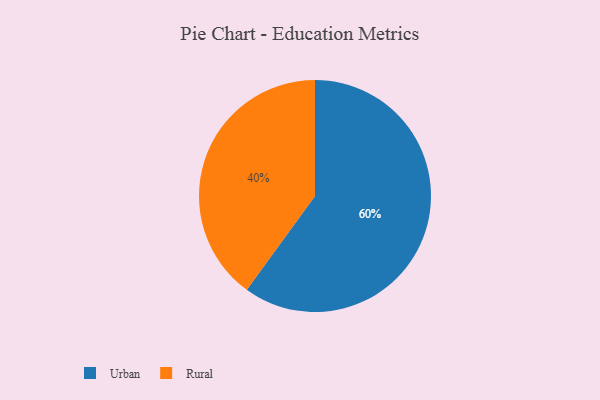
{"axis": {"x": "Category", "y": "Percentage"}, "legend": ["Rural", "Urban"], "data": [{"x": "Rural", "y": 40, "type": "Rural"}, {"x": "Urban", "y": 60, "type": "Urban"}]}